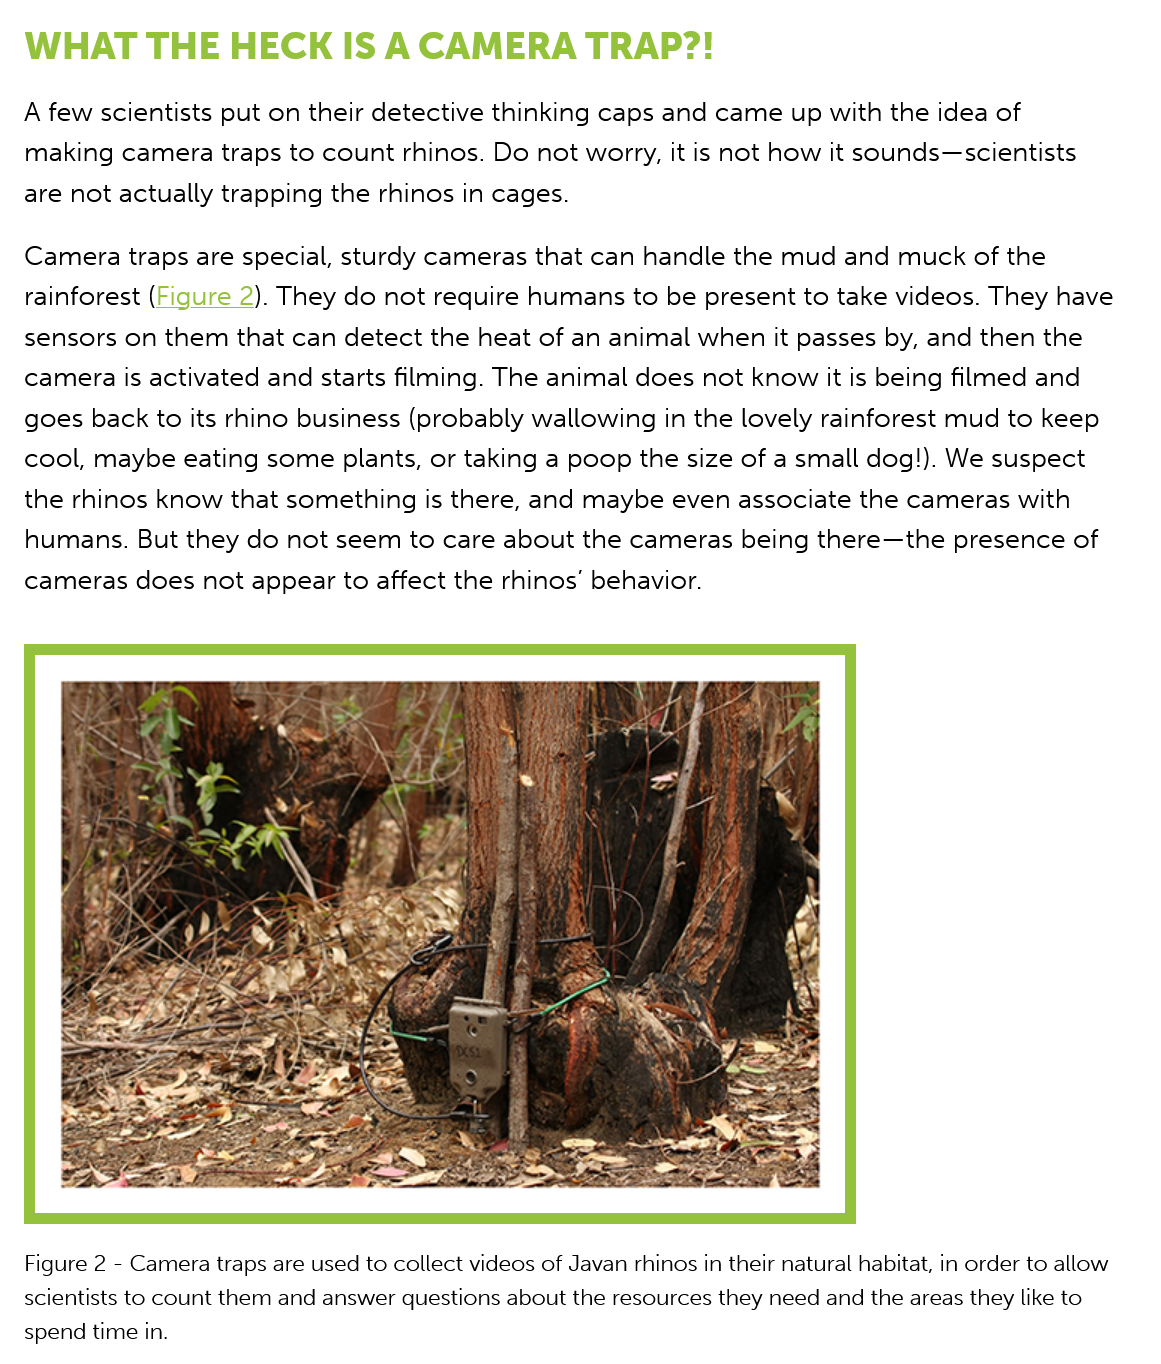
A few  scientists put on their detective thinking caps and came up with the idea of
   making camera traps  to count rhinos. Do not worry, it is not how it sounds—scientists
   are not actually trapping the rhinos in cages.
   Figure 2
     -
     Camera traps are used to collect videos of Javan rhinos in their natural habitat, in order to allow
   scientists to count them and answer questions about the resources they need and the areas they like to
   spend time in.
   WHAT   THE    HECK  IS    A  CAMERA    TRAP?!
   Camera  traps are special, sturdy cameras that can handle the mud and muck  of the
   rainforest (Figure 2). They do not require humans to be present to take videos. They have
   sensors on them  that can detect the heat of an animal when it passes by, and then the
   camera  is activated and starts filming. The animal does not know it is being filmed and
   goes back to its rhino business (probably wallowing in the lovely rainforest mud to keep
   cool, maybe eating some plants, or taking a poop the size of a small dog!). We suspect
   the rhinos know that something is there, and maybe  even associate the cameras with
   humans. But  they do not seem  to care about the cameras being there—the  presence  of
   cameras  does not appear to affect the rhinos’ behavior.